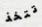
تتخذ